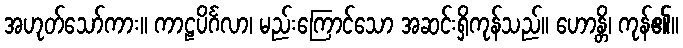
အဟုတ်သော်ကား။ ကာဠပိင်္ဂလာ၊ မည်းကြောင်သော အဆင်းရှိကုန်သည်။ ဟောန္တိ၊ ကုန်၏။